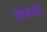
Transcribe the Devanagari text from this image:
लोकांचें